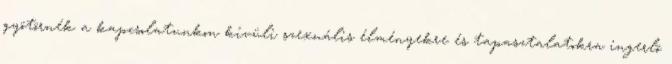
gyötörnék a kapcsolatunkon kívüli szexuális élményekre és tapasztalatokra ingerlõ